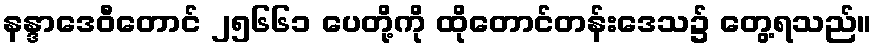
နန္ဒာဒေဝီတောင် ၂၅၆၆၁ ပေတို့ကို ထိုတောင်တန်းဒေသ၌ တွေ့ရသည်။